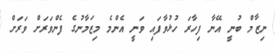
ނިޒާމް ބުނީ އޭނާ ފިހާރަ ހުޅުވާފައި ވަނީ އެންމެ މިޒަމާނުގެ ފެންވަރަށް ވަރަށް